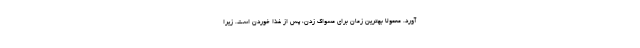
آورد. معمولا بهترین زمان برای مسواک زدن، پس از غذا خوردن است. زیرا